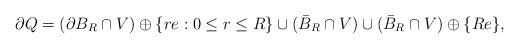
LaTeX: \begin{align*}\partial Q = (\partial B_R \cap V)\oplus \{re:0\leq r\leq R\} \cup (\bar{B}_R\cap V) \cup (\bar{B}_R\cap V)\oplus \{Re\},\end{align*}